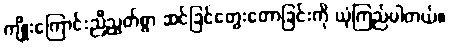
ကျိုးကြောင်းညီညွတ်စွာ ဆင်ခြင်တွေးတောခြင်းကို ယုံကြည်ပါတယ်။